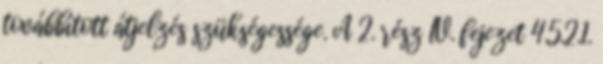
továbbított átjelzés szükségessége. A 2. rész IV. fejezet 4.5.2.1.